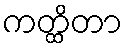
ကတ္ထိတာ